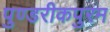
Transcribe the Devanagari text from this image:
पुण्डरीकपुरम